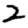
Digit: 2